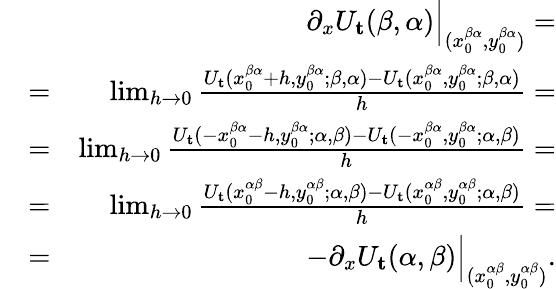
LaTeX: \begin{array}{rlr}&{}&{\partial_{x}U_{\mathbf{t}}(\beta,\alpha)\Bigr|_{(x_{0}^{\beta\alpha},y_{0}^{\beta\alpha})}=}\\ &{=}&{\operatorname*{lim}_{h\rightarrow 0}\frac{U_{\mathbf{t}}(x_{0}^{\beta\alpha}+h,y_{0}^{\beta\alpha};\beta,\alpha)-U_{\mathbf{t}}(x_{0}^{\beta\alpha},y_{0}^{\beta\alpha};\beta,\alpha)}{h}=}\\ &{=}&{\operatorname*{lim}_{h\rightarrow 0}\frac{U_{\mathbf{t}}(-x_{0}^{\beta\alpha}-h,y_{0}^{\beta\alpha};\alpha,\beta)-U_{\mathbf{t}}(-x_{0}^{\beta\alpha},y_{0}^{\beta\alpha};\alpha,\beta)}{h}=}\\ &{=}&{\operatorname*{lim}_{h\rightarrow 0}\frac{U_{\mathbf{t}}(x_{0}^{\alpha\beta}-h,y_{0}^{\alpha\beta};\alpha,\beta)-U_{\mathbf{t}}(x_{0}^{\alpha\beta},y_{0}^{\alpha\beta};\alpha,\beta)}{h}=}\\ &{=}&{-\partial_{x}U_{\mathbf{t}}(\alpha,\beta)\Bigr|_{(x_{0}^{\alpha\beta},y_{0}^{\alpha\beta})}.}\end{array}